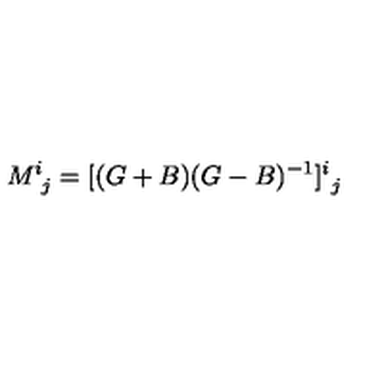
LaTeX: M _ { \ j } ^ { i } = [ ( G + B ) ( G - B ) ^ { - 1 } ] _ { \ j } ^ { i }